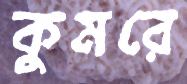
কুমরে